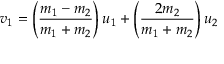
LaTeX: v _ { 1 } = \left( { \frac { m _ { 1 } - m _ { 2 } } { m _ { 1 } + m _ { 2 } } } \right) u _ { 1 } + \left( { \frac { 2 m _ { 2 } } { m _ { 1 } + m _ { 2 } } } \right) u _ { 2 }